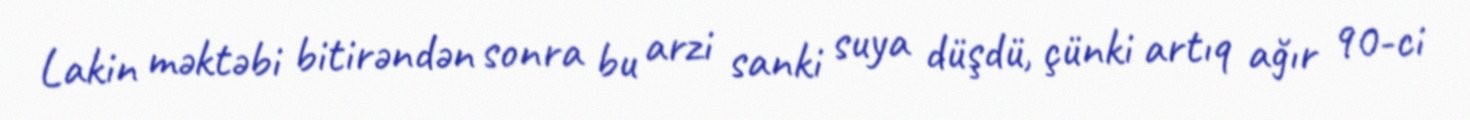
Lakin məktəbi bitirəndən sonra bu arzi sanki suya düşdü, çünki artıq ağır 90-ci